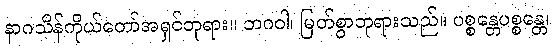
နာဂသိန်ကိုယ်တော်အရှင်ဘုရား။ ဘဂဝါ၊ မြတ်စွာဘုရားသည်။ ပစ္စန္တေပစ္စန္တေ၊